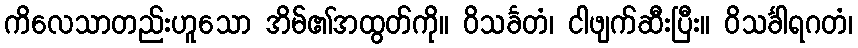
ကိလေသာတည်းဟူသော အိမ်၏အထွတ်ကို။ ဝိသင်္ခတံ၊ ငါဖျက်ဆီးပြီး။ ဝိသင်္ခါရဂတံ၊